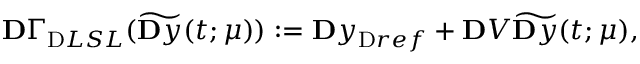
\ensuremath { \mathbf Ḋ \Gamma Ḍ } _ { \mathrm { Ḋ } L S L Ḍ } ( \widetilde { \ensuremath Ḋ \mathbf Ḋ y Ḍ Ḍ } ( t ; \ensuremath { \boldsymbol Ḋ \mu Ḍ } ) ) : = \ensuremath { \mathbf Ḋ y Ḍ } _ { \mathrm { Ḋ } r e f Ḍ } + \ensuremath { \mathbf Ḋ V Ḍ } \widetilde { \ensuremath Ḋ \mathbf Ḋ y Ḍ Ḍ } ( t ; \ensuremath { \boldsymbol Ḋ \mu Ḍ } ) ,